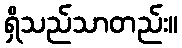
ရှိသည်သာတည်း။